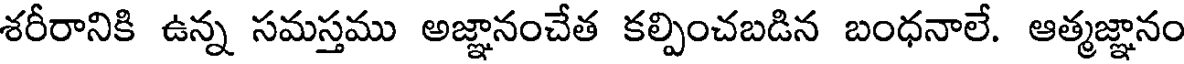
శరీరానికి ఉన్న సమస్తము అజ్ఞానంచేత కల్పించబడిన బంధనాలే. ఆత్మజ్ఞానం